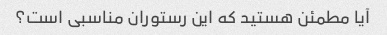
آیا مطمئن هستید که این رستوران مناسبی است؟